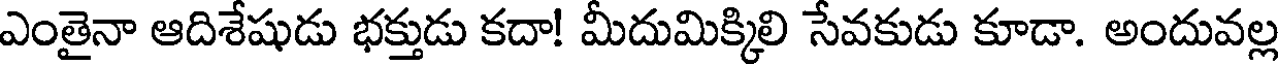
ఎంతైనా ఆదిశేషుడు భక్తుడు కదా! మీదుమిక్కిలి సేవకుడు కూడా. అందువల్ల